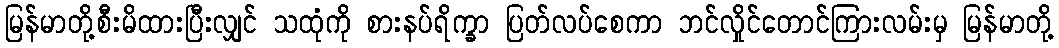
မြန်မာတို့စီးမိထားပြီးလျှင် သထုံကို စားနပ်ရိက္ခာ ပြတ်လပ်စေကာ ဘင်လှိုင်တောင်ကြားလမ်းမှ မြန်မာတို့